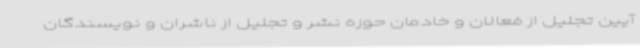
آیین تجلیل از فعالان و خادمان حوزه نشر و تجلیل از ناشران و نویسندگان